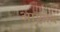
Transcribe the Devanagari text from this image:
आशोब